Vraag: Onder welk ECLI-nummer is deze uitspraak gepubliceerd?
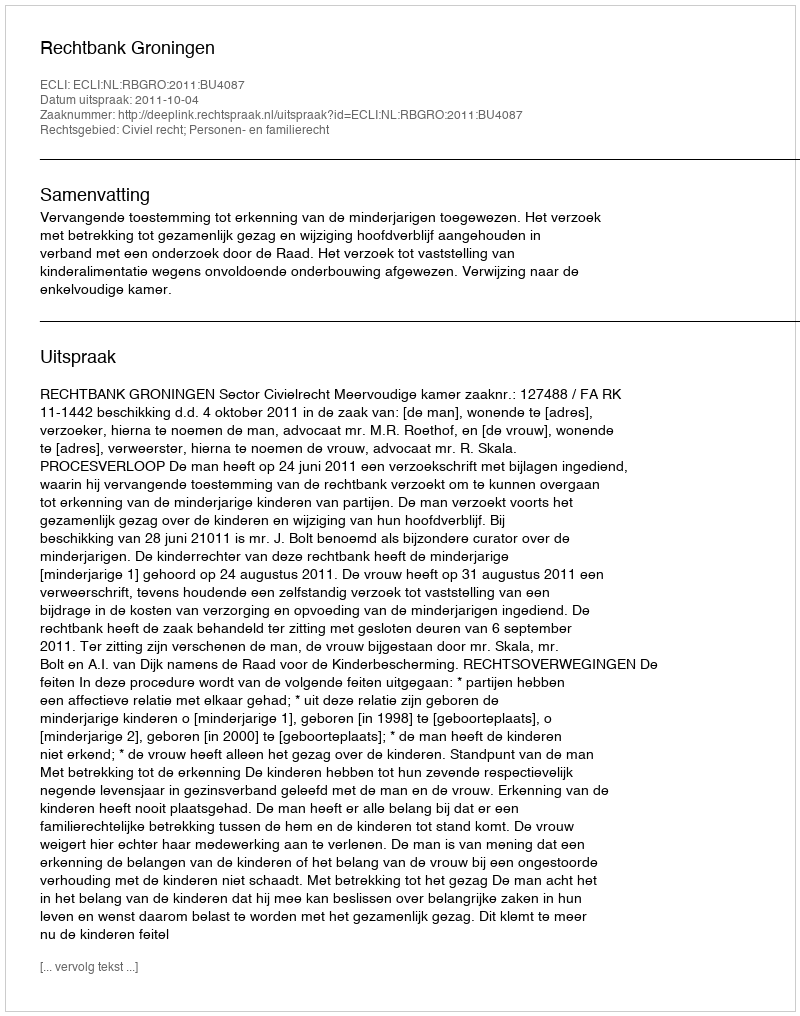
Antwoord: ECLI:NL:RBGRO:2011:BU4087